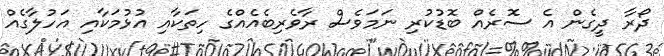
ދޯރާ ދީގެން އެ ސޮރެއް ބޮޑުކުރި ނަމަވެސް ރާވެރިބެއެއްގެ ހިތަކާއި އުޅުމަކާއި އަހުލާގެއް